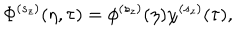
\Phi ^ { ( s _ { z } ) } ( \eta , \tau ) = \phi ^ { ( s _ { z } ) } ( \eta ) \chi ^ { ( s _ { z } ) } ( \tau ) ,